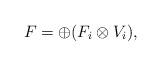
LaTeX: \begin{align*}F=\oplus ( F_i\otimes V_i ),\end{align*}